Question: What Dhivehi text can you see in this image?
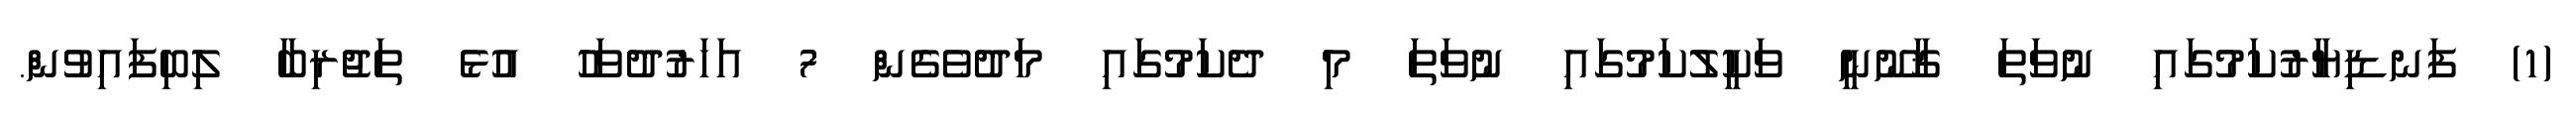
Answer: (1) ފަނޑިޔާރުކަމުގައި ނުވަތަ ޤާނޫނީ ވަކީލުކަމުގައި ނުވަތަ މި ދެކަމުގައި މަދުވެގެން 7 އަހަރުދުވަހު އުޅެ ތަޖުރިބާ ލިބިފައިވުން.